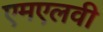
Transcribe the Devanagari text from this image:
एमएलवी